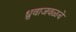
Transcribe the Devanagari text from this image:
ध्रुवाजवळचे